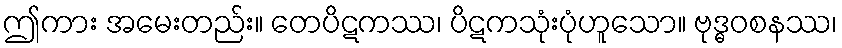
ဤကား အမေးတည်း။ တေပိဋကဿ၊ ပိဋကသုံးပုံဟူသော။ ဗုဒ္ဓဝစနဿ၊